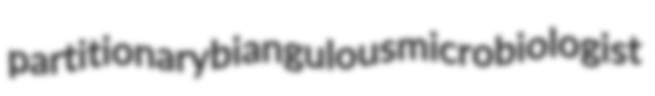
partitionary biangulous microbiologist